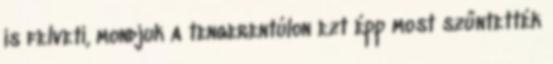
is felveti, mondjuk a tengerentúlon ezt épp most szűntették